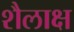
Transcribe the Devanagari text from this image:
शैलाक्ष